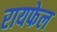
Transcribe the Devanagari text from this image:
रायफेल